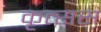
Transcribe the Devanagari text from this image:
कृत्सस